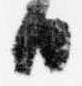
日